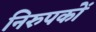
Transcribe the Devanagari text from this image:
निरुपकों